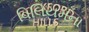
વિલિયમના